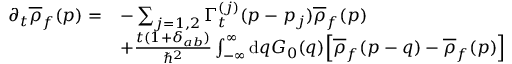
\begin{array} { r l } { \partial _ { t } \overline { { \rho } } _ { f } ( p ) = } & { - \sum _ { j = 1 , 2 } \Gamma _ { t } ^ { ( j ) } ( p - p _ { j } ) \overline { { \rho } } _ { f } ( p ) } \\ & { + \frac { t ( 1 + \delta _ { a b } ) } { \hbar ^ { 2 } } \int _ { - \infty } ^ { \infty } \mathrm { d } q G _ { 0 } ( q ) \Big [ \overline { { \rho } } _ { f } ( p - q ) - \overline { { \rho } } _ { f } ( p ) \Big ] } \end{array}